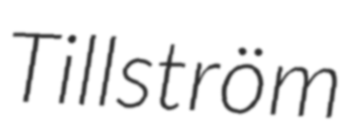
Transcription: Tillström